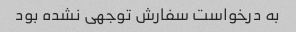
به درخواست سفارش توجهی نشده بود